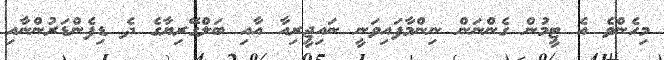
މިހެންވެ އެ ޓީމުން ގެންނަން ނިންމާފައިވަނީ ނައިޖީރިއާ އާއި ބަލްގޭރިޔާގެ ދެ ޑިފެންޑަރުންނާއި